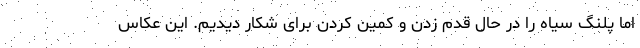
اما پلنگ سیاه را در حال قدم زدن و کمین کردن برای شکار دیدیم. این عکاس